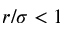
r / \sigma < 1